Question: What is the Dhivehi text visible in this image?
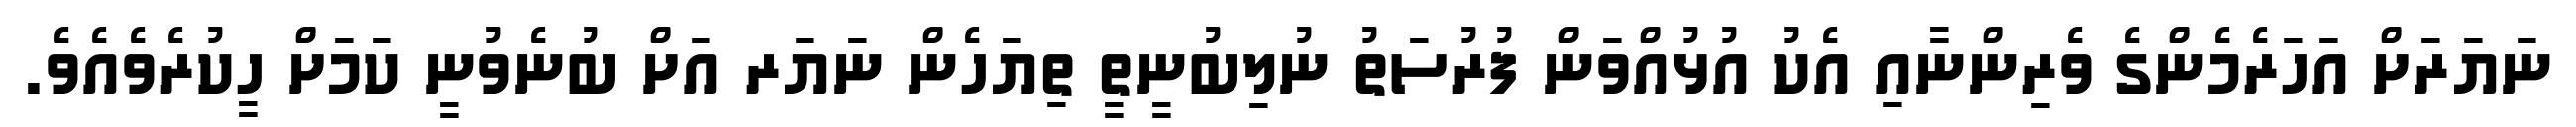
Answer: ނަޔަރަށް އަހަރެމެންގެ ވެރިންނާއި އެކު އުޅުއްވަން ފުރުސަތު ނުލިބުނީތީ ތިޔަހެން ނަޔަރ އަށް ބުނެވުނީ ކަމަށް ހީކުރެވެއެވެ.